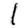
Digit: 1